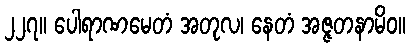
၂၂၇။ ပေါရာဏမေတံ အတုလ၊ နေတံ အဇ္ဇတနာမိဝ။